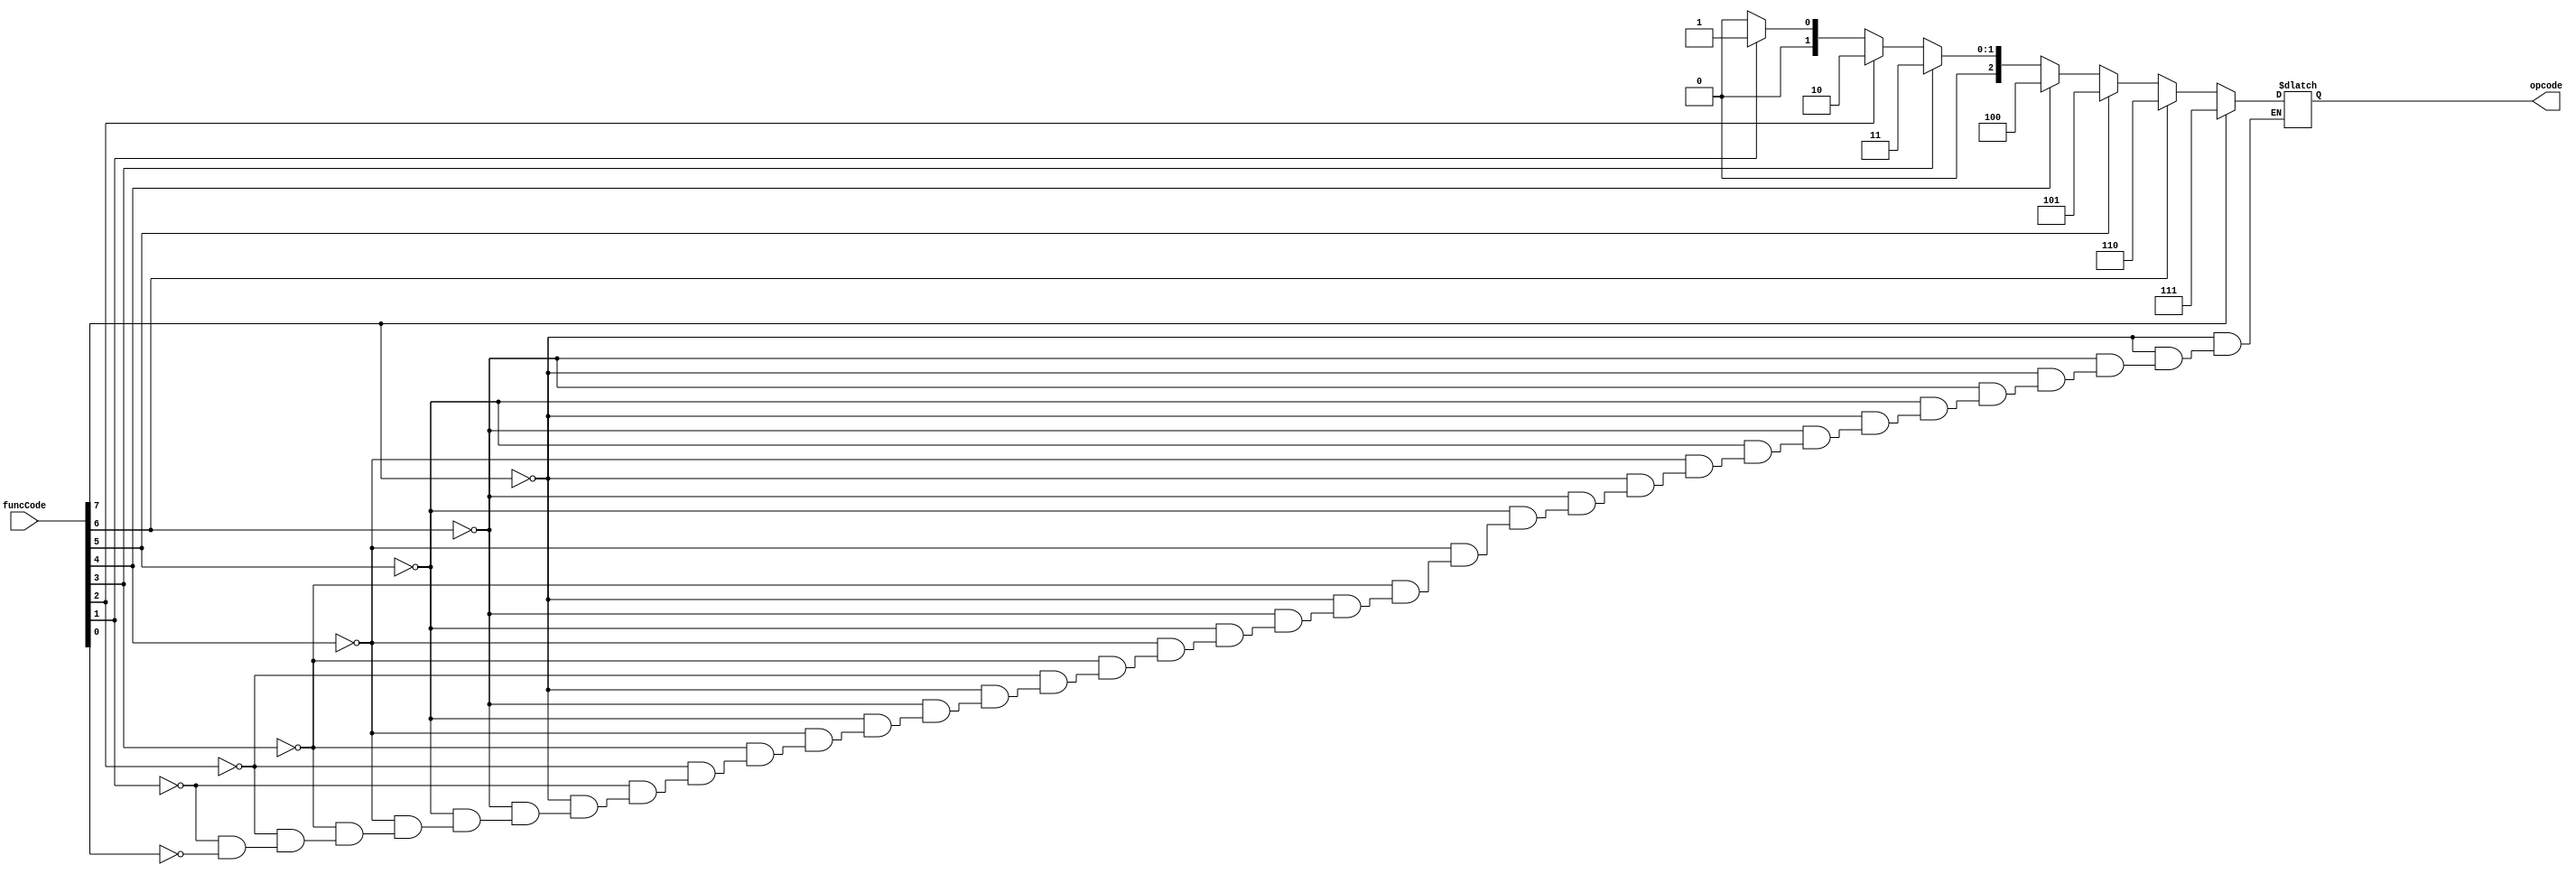
module ENCODER(opcode, funcCode);
    input[7:0] funcCode;
    output[2:0] opcode;
    reg[2:0] opcode;

    always @(funcCode)
        begin
          if(funcCode[7])
            opcode = 3'b111;
          else if(funcCode[6])
            opcode = 3'b110;
          else if(funcCode[5])
            opcode = 3'b101;
          else if(funcCode[4])
            opcode = 3'b100;
          else if(funcCode[3])
            opcode = 3'b011;
          else if(funcCode[2])
            opcode = 3'b010;
          else if(funcCode[1])
            opcode = 3'b001;
          else if(funcCode[0])
            opcode = 3'b000;
        end
endmodule

module ALU(cout, X, A, B, opcode);
    input[3:0] A, B;
    input[2:0] opcode;
    output[3:0] X;
    output cout;
    reg[3:0] X;
    reg cout;

    always @(opcode or A or B)
    begin
        if(opcode == 3'b000)
            {cout, X} = A + B;
        else if(opcode == 3'b001)
            {cout, X} = A - B;
        else if(opcode == 3'b010)
            {cout, X} = A ^ B;
        else if(opcode == 3'b011)
            {cout, X} = A | B;
        else if(opcode == 3'b100)
            {cout, X} = A & B;
        else if(opcode == 3'b101)
            {cout, X} = A ~| B;
        else if(opcode == 3'b110)
            {cout, X} = A ~& B;
        else if(opcode == 3'b111)
            {cout, X} = A ~^ B;
    end
endmodule

module EvenParityGenerator(out, X);
    output out;
    input[3:0] X;

    assign out = X[0] ^ X[1] ^ X[2] ^ X[3];
endmodule

module Pipeline_First(opcode, A, B, clk, AOUT, BOUT, OPOUT);
    input[3:0] A, B;
    input[2:0] opcode;
    input clk;
    output[3:0] AOUT, BOUT;
    output[2:0] OPOUT;

    reg[3:0] AOUT, BOUT;
    reg[2:0] OPOUT;

    always @(posedge clk)
    begin
      OPOUT <= opcode;
      AOUT <= A;
      BOUT <= B;
    end
endmodule

module Pipeline_Second(clock, X, XOUT);
  input clock;
  input [3:0] X;
  output  [3:0] XOUT;
  reg [3:0] XOUT;
  always  @ (posedge clock) 
    begin
      XOUT <= X;
    end
endmodule

module PipelineDesign(clock, funcCode, A, B, out);
  input clock;
  input [7:0] funcCode;
  input [3:0] A, B;
  output out;
  wire [2:0] opcode, OPOUT;
  wire [3:0] AOUT, BOUT, X, XOUT;
  wire cout;
  ENCODER enc(opcode, funcCode);
  Pipeline_First ppf(opcode, A, B, clock, AOUT, BOUT, OPOUT);
  ALU alu(cout, X, A, B, opcode);
  Pipeline_Second pps(clock, X, XOUT);
  EvenParityGenerator epg(out, XOUT);
endmodule

module tb_Pipeline_Design;
  reg clock;
  reg [7:0] funcCode;
  reg [3:0] A, B;
  wire out;

  PipelineDesign PIPELINE(clock, funcCode, A, B, out);

  always
    #2  clock = ~clock;

  initial begin
    $monitor($time, " A = %b, B = %b, Function Code = %b, OpCode = %b, AOut = %b, BOut = %b, OpOut = %b, X = %b, Carry = %b, XOut = %b, Output = %b.", A, B, funcCode, PIPELINE.opcode, PIPELINE.AOUT, PIPELINE.BOUT, PIPELINE.OPOUT, PIPELINE.X, PIPELINE.cout, PIPELINE.XOUT, out);
    #0  clock = 1'b1;
    #4  A = 4'b0101; B = 4'b1110;  funcCode = 8'b10000000;
    #20 funcCode = 8'b01000000;
    #20 funcCode = 8'b00100000;
    #20 funcCode = 8'b00010000;
    #20 funcCode = 8'b00001000;
    #20 funcCode = 8'b00000100;
    #20 funcCode = 8'b00000010;
    #20 funcCode = 8'b00000001;
    #50 $finish;
  end

endmodule